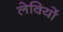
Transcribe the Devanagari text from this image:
लेवियों